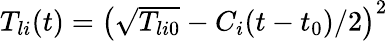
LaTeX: \begin{array}{r}{T_{li}(t)=\left(\sqrt{T_{li0}}-C_{i}(t-t_{0})/2\right)^{2}}\end{array}